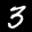
Label: 3